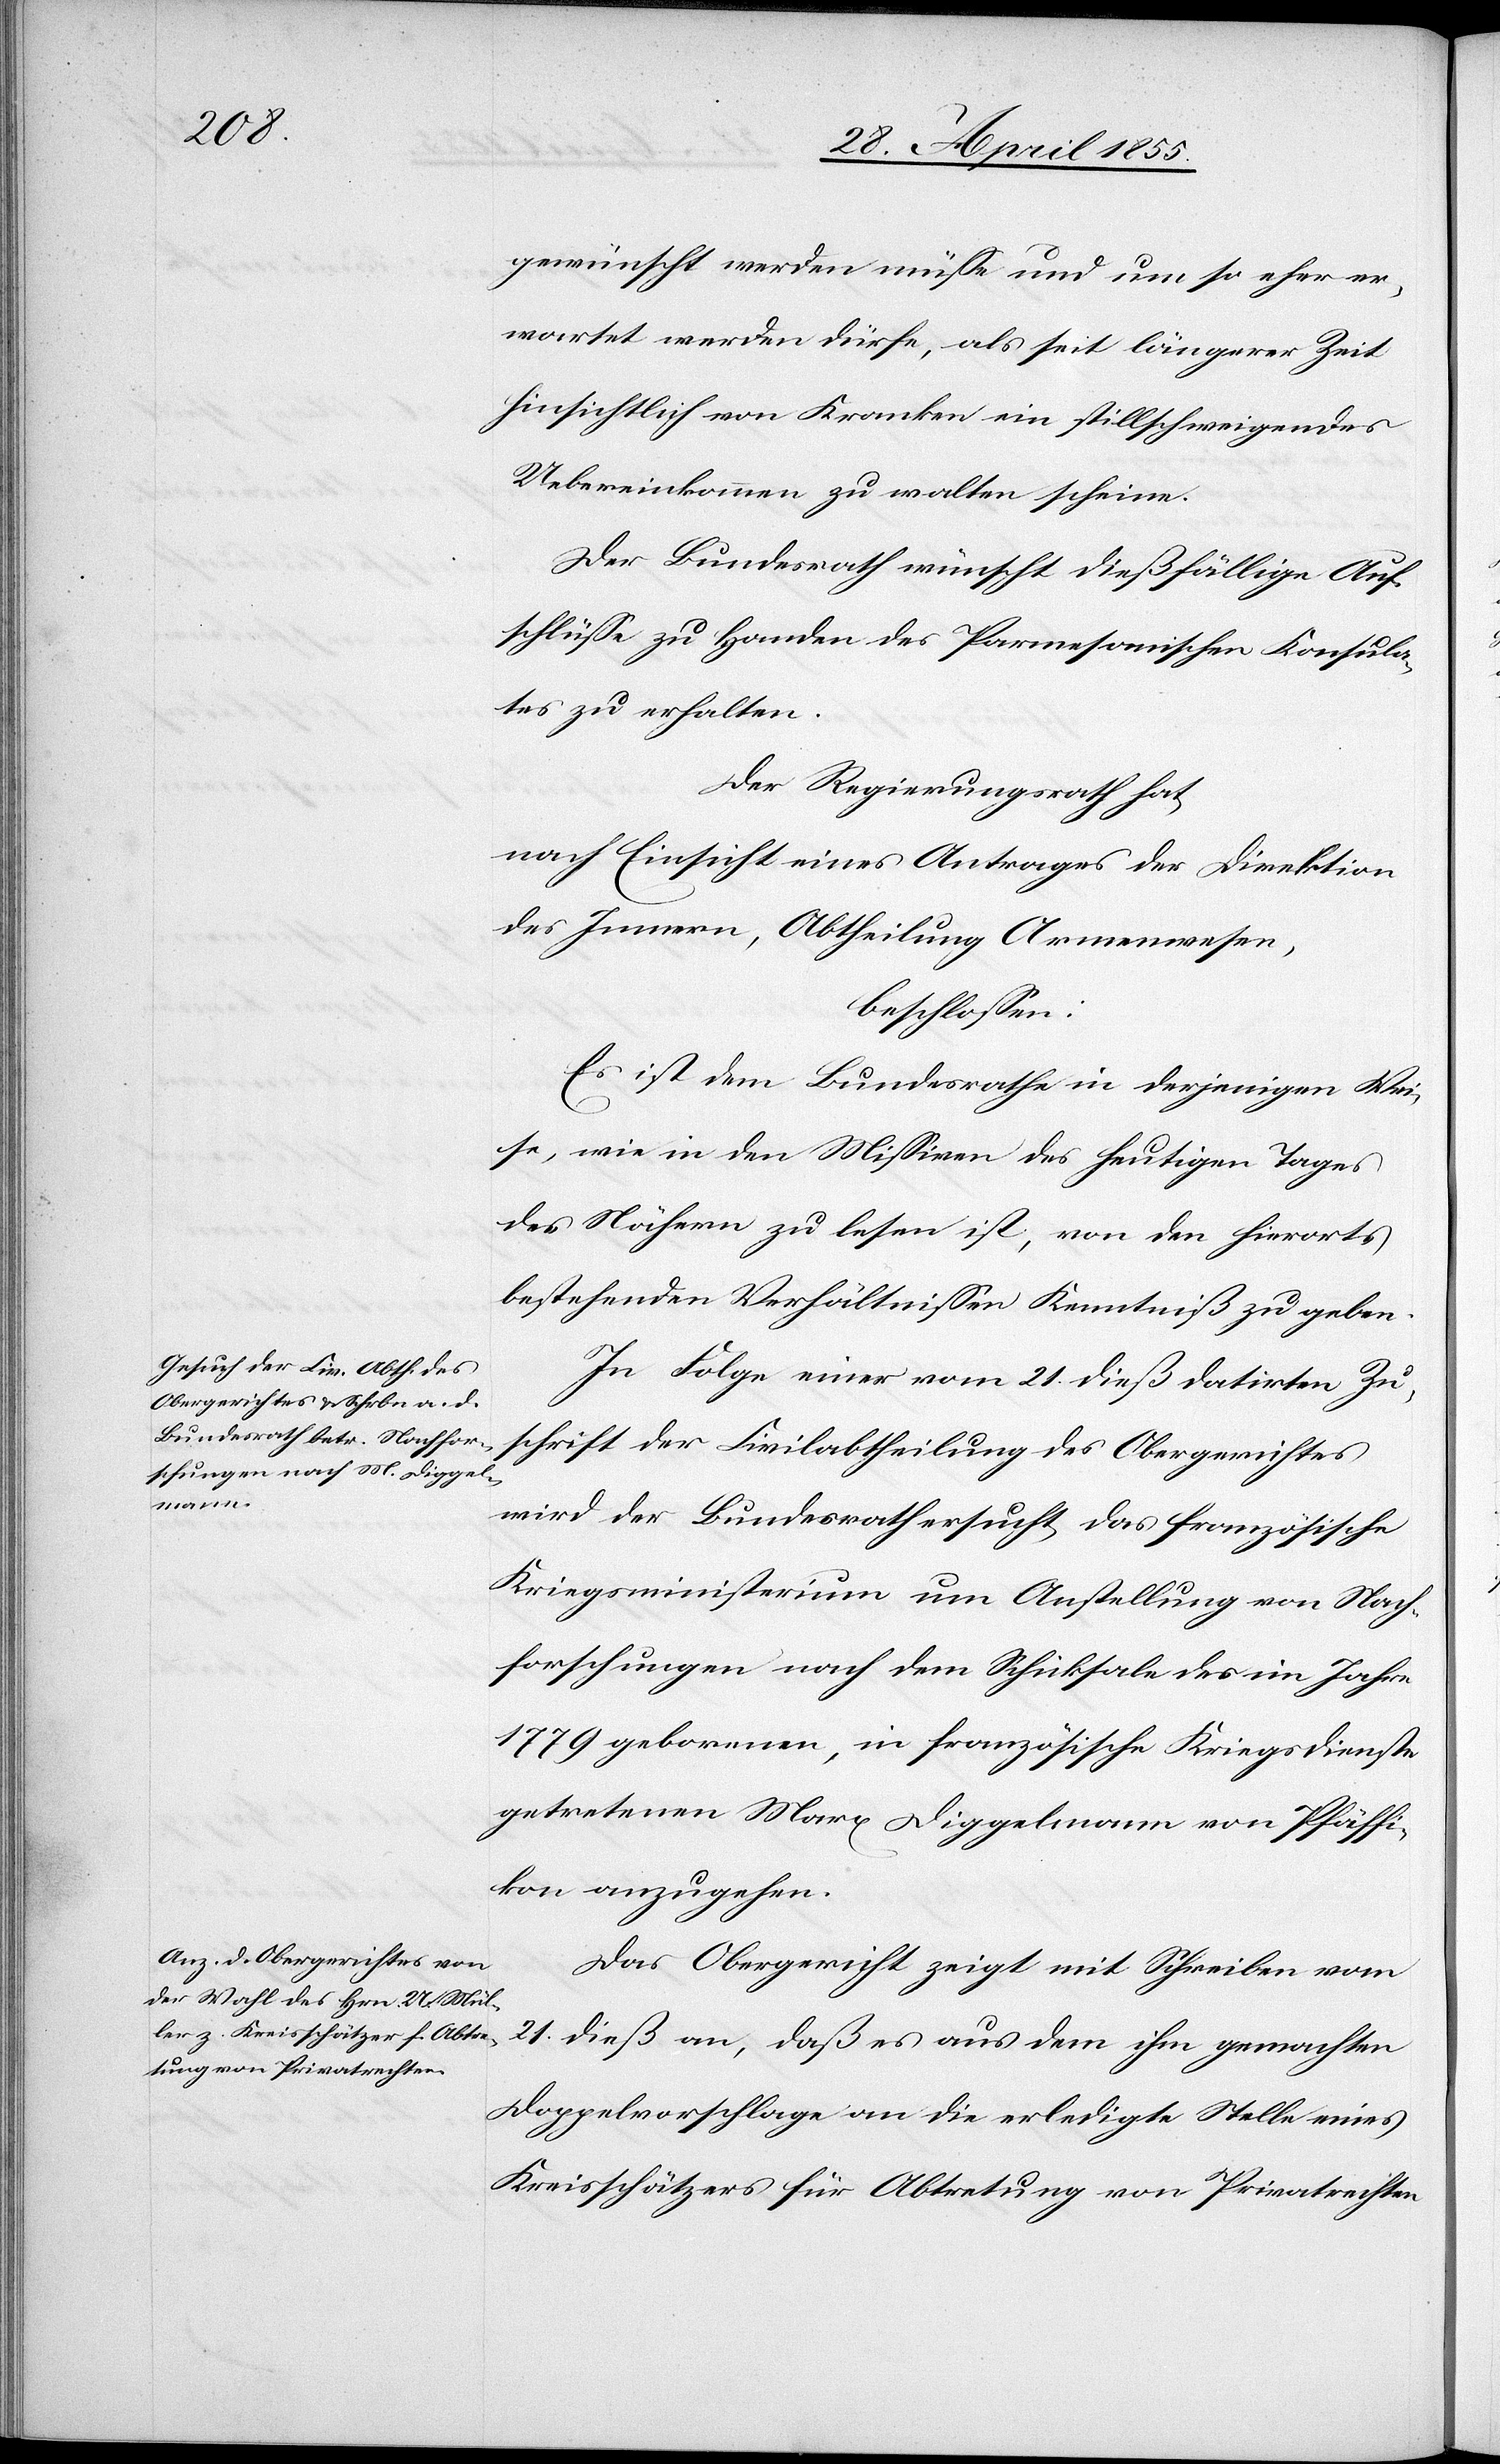
gewünscht werden müsse und um so eher er¬
wartet werden dürfe, als seit längerer Zeit
hinsichtlich von Kranken ein stillschweigendes
Uebereinkommen zu walten scheine.
Der Bundesrath wünscht dießfällige Auf¬
schlüsse zu Handen des Parmesanischen Konsula¬
tes zu erhalten.
Der Regierungsrath hat,
nach Einsicht eines Antrages der Direktion
des Innern, Abtheilung Armenwesen,
beschlossen:
Es ist dem Bundesrathe in derjenigen Wei¬
se, wie in den Missiven des heutigen Tages
des Nähern zu lesen ist, von den hierorts
bestehenden Verhältnissen Kenntniß zu geben.
In Folge einer vom 21. dieß datirten Zu¬
schrift der Civilabtheilung des Obergerichtes
wird der Bundesrath ersucht, das französische
Kriegsministerium um Anstellung von Nach¬
forschungen nach dem Schicksale des im Jahre
1779 geborenen, in französische Kriegsdienste
getretenen Marx Diggelmann von Pfäffi¬
kon anzugehen.
Das Obergericht zeigt mit Schreiben vom
21. dieß an, daß es aus dem ihm gemachten
Doppelvorschlage an die erledigte Stelle eines
Kreisschätzers für Abtretung von Privatrechten